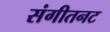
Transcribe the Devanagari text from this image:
संगीतनट